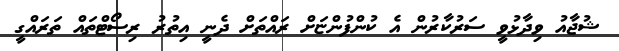
ޝުޖާއު ވިދާޅުވީ ސަރުކާރުން އެ ކުންފުންޏަށް ރައްތަށް ދެނީ އިތުރު ރިސޯޓްތައް ތަރައްގީ